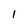
Character: l